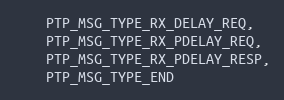
Language: C
    PTP_MSG_TYPE_RX_DELAY_REQ,
    PTP_MSG_TYPE_RX_PDELAY_REQ,
    PTP_MSG_TYPE_RX_PDELAY_RESP,
    PTP_MSG_TYPE_END